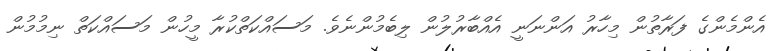
އެންމެންގެ ފަރާތުން މިހާރު އަންނަނީ އެއްބާރުލުން ލިބެމުންނެވެ. މަސައްކަތްކުރާ މީހުން މަސައްކަތް ނިމުމުން